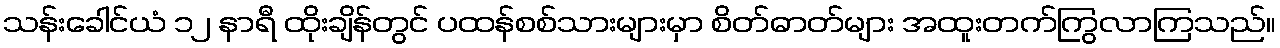
သန်းခေါင်ယံ ၁၂ နာရီ ထိုးချိန်တွင် ပထန်စစ်သားများမှာ စိတ်ဓာတ်များ အထူးတက်ကြွလာကြသည်။